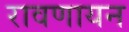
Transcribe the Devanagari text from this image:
रावणायन